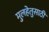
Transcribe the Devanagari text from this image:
मुलहेतुसाठी